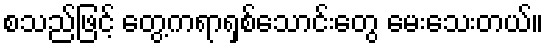
စသည်ဖြင့် တွေ့ကရာရှစ်သောင်းတွေ မေးသေးတယ်။